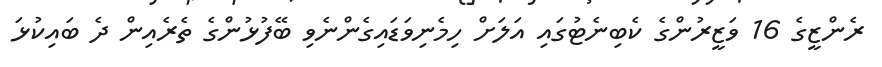
ރެންޒީގެ 16 ވަޒީރުންގެ ކެބިނެޓުގައި އަލަށް ހިމެނިވަޑައިގެންނެވި ބޭފުޅުންގެ ތެރެއިން ދެ ބައިކުޅަ